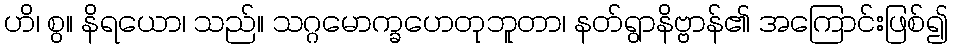
ဟိ၊ စွ။ နိရယော၊ သည်။ သဂ္ဂမောက္ခဟေတုဘူတာ၊ နတ်ရွာနိဗ္ဗာန်၏ အကြောင်းဖြစ်၍